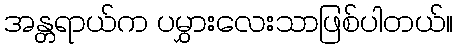
အန္တရာယ်က ပမွှားလေးသာဖြစ်ပါတယ်။